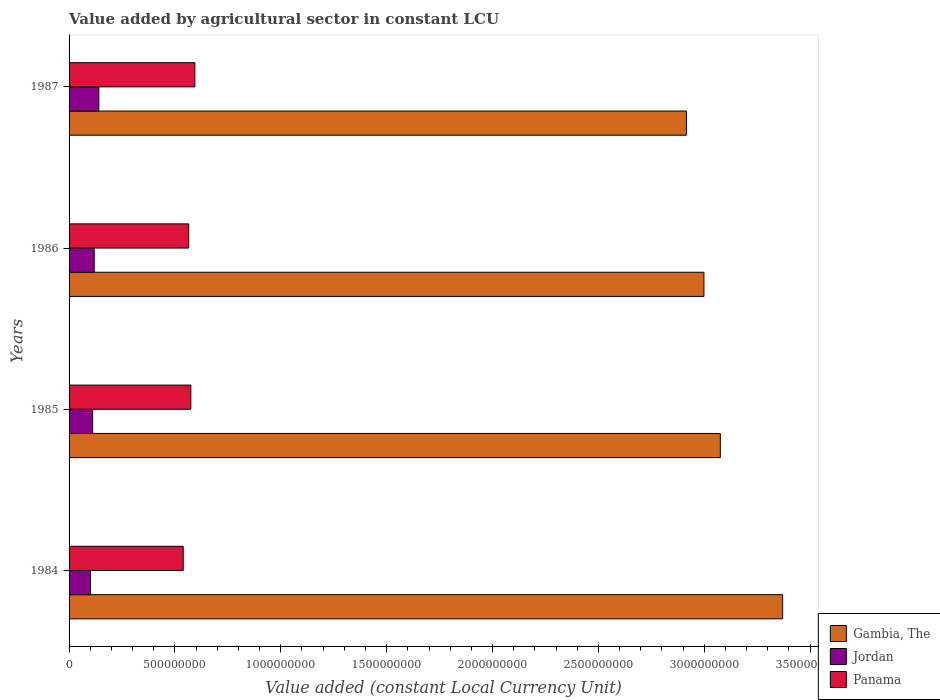
| Years | Gambia, The | Jordan | Panama |
 | --- | --- | --- | --- |
 | 1984 | 3.37e+09 | 1.01e+08 | 5.39e+08 |
 | 1985 | 3.08e+09 | 1.11e+08 | 5.75e+08 |
 | 1986 | 3e+09 | 1.19e+08 | 5.65e+08 |
 | 1987 | 2.92e+09 | 1.41e+08 | 5.94e+08 |